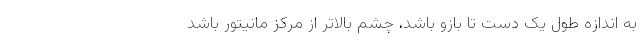
به ‌اندازه طول یک دست تا بازو باشد، چشم بالاتر از مرکز مانیتور باشد